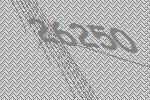
26250